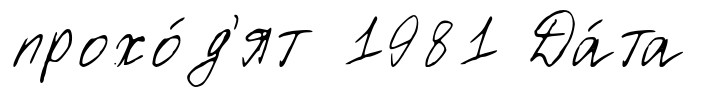
прохо́д'ят 1981 Да́та